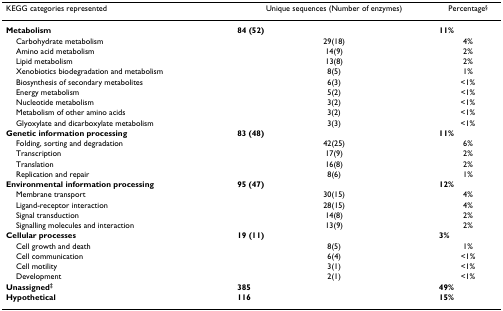
<table><thead><tr><td><b>KEGG categories represented</b></td><td><b>Unique sequences (Number of enzymes)</b></td><td><b>Percentage<sup>§</sup></b></td></tr></thead><tbody><tr><td><b>Metabolism</b></td><td><b>84 (52)</b></td><td><b>11%</b></td></tr><tr><td> Carbohydrate metabolism</td><td>29(18)</td><td>4%</td></tr><tr><td> Amino acid metabolism</td><td>14(9)</td><td>2%</td></tr><tr><td> Lipid metabolism</td><td>13(8)</td><td>2%</td></tr><tr><td> Xenobiotics biodegradation and metabolism</td><td>8(5)</td><td>1%</td></tr><tr><td> Biosynthesis of secondary metabolites</td><td>6(3)</td><td>&lt;1%</td></tr><tr><td> Energy metabolism</td><td>5(2)</td><td>&lt;1%</td></tr><tr><td> Nucleotide metabolism</td><td>3(2)</td><td>&lt;1%</td></tr><tr><td> Metabolism of other amino acids</td><td>3(2)</td><td>&lt;1%</td></tr><tr><td> Glyoxylate and dicarboxylate metabolism</td><td>3(3)</td><td>&lt;1%</td></tr><tr><td><b>Genetic information processing</b></td><td><b>83 (48)</b></td><td><b>11%</b></td></tr><tr><td> Folding, sorting and degradation</td><td>42(25)</td><td>6%</td></tr><tr><td> Transcription</td><td>17(9)</td><td>2%</td></tr><tr><td> Translation</td><td>16(8)</td><td>2%</td></tr><tr><td> Replication and repair</td><td>8(6)</td><td>1%</td></tr><tr><td><b>Environmental information processing</b></td><td><b>95 (47)</b></td><td><b>12%</b></td></tr><tr><td> Membrane transport</td><td>30(15)</td><td>4%</td></tr><tr><td> Ligand-receptor interaction</td><td>28(15)</td><td>4%</td></tr><tr><td> Signal transduction</td><td>14(8)</td><td>2%</td></tr><tr><td> Signalling molecules and interaction</td><td>13(9)</td><td>2%</td></tr><tr><td><b>Cellular processes</b></td><td><b>19 (11)</b></td><td><b>3%</b></td></tr><tr><td> Cell growth and death</td><td>8(5)</td><td>1%</td></tr><tr><td> Cell communication</td><td>6(4)</td><td>&lt;1%</td></tr><tr><td> Cell motility</td><td>3(1)</td><td>&lt;1%</td></tr><tr><td> Development</td><td>2(1)</td><td>&lt;1%</td></tr><tr><td><b>Unassigned<sup>‡</sup></b></td><td><b>385</b></td><td><b>49%</b></td></tr><tr><td><b>Hypothetical</b></td><td><b>116</b></td><td><b>15%</b></td></tr></tbody></table>